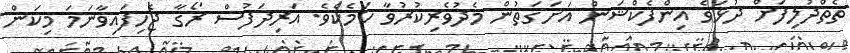
ތެތްދުލިފަށް ދުޅަވެ އިންފެކްޝަން އަށަގަތުން މެދުވެރިކުރުވާ ކަމެކެވެ. އަރިދަފުސް ރޯގާ ޖެހިފައިވާނަމަ މިކަން